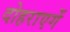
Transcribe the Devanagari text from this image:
दोहराएगें